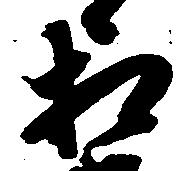
相